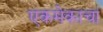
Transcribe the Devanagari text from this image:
एकमेकाचा